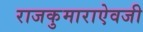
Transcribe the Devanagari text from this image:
राजकुमाराऐवजी